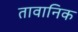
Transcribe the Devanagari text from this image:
तावानिक